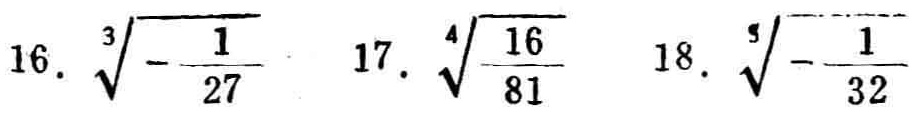
16. $\sqrt[3]{-\frac{1}{27}}$
17. $\sqrt[4]{\frac{16}{81}}$
18. $\sqrt[5]{-\frac{1}{32}}$